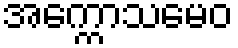
အက္ကောသမေဝ